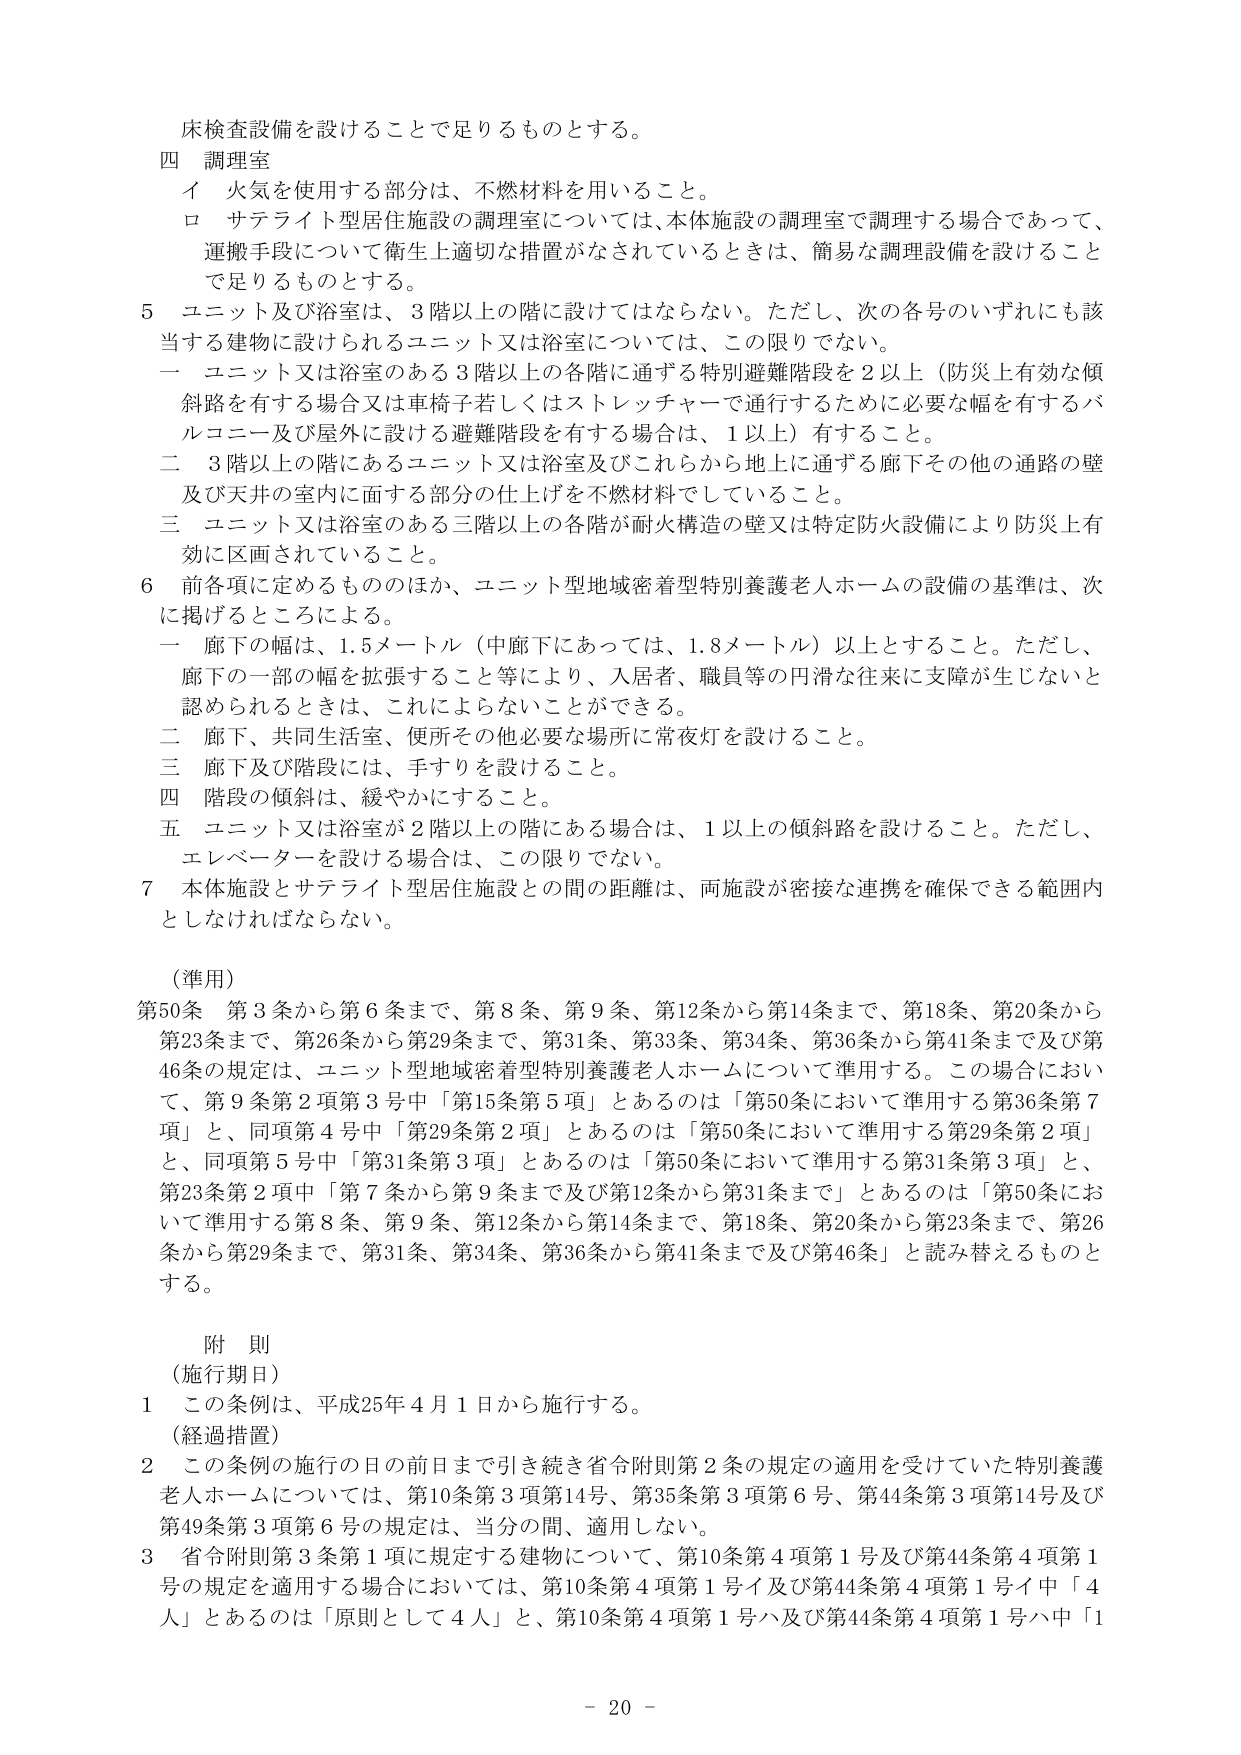
床検査設備を設けることで足りるものとする。

四 調理室
　イ 火気を使用する部分は、不燃材料を用いること。
　ロ サテライト型居住施設の調理室については、本体施設の調理室で調理する場合であって、
　　運搬手段について衛生上適切な措置がなされているときは、簡易な調理設備を設けること
　　で足りるものとする。

５ ユニット及び浴室は、３階以上の階に設けてはならない。ただし、次の各号のいずれにも該
　当する建物に設けられるユニット又は浴室については、この限りでない。
　一 ユニット又は浴室のある３階以上の各階に通ずる特別避難階段を２以上（防災上有効な傾
　　斜路を有する場合又は車椅子若しくはストレッチャーで通行するために必要な幅を有するバ
　　ルコニー及び屋外に設ける避難階段を有する場合は、１以上）有すること。
　二 ３階以上の階にあるユニット又は浴室及びこれらから地上に通ずる廊下その他の通路の壁
　　及び天井の室内に面する部分の仕上げを不燃材料でしていること。
　三 ユニット又は浴室のある三階以上の各階が耐火構造の壁又は特定防火設備により防災上有
　　効に区画されていること。

６ 前各項に定めるもののほか、ユニット型地域密着型特別養護老人ホームの設備の基準は、次
　に掲げるところによる。
　一 廊下の幅は、1.5メートル（中廊下にあっては、1.8メートル）以上とすること。ただし、
　　廊下の一部の幅を拡張すること等により、入居者、職員等の円滑な往来に支障が生じないと
　　認められるときは、これによらないことができる。
　二 廊下、共同生活室、便所その他必要な場所に常夜灯を設けること。
　三 廊下及び階段には、手すりを設けること。
　四 階段の傾斜は、緩やかにすること。
　五 ユニット又は浴室が２階以上の階にある場合は、１以上の傾斜路を設けること。ただし、
　　エレベーターを設ける場合は、この限りでない。

７ 本体施設とサテライト型居住施設との間の距離は、両施設が密接な連携を確保できる範囲内
　としなければならない。

（準用）
第50条 第3条から第6条まで、第8条、第9条、第12条から第14条まで、第18条、第20条から
第23条まで、第26条から第29条まで、第31条、第33条、第34条、第36条から第41条まで及び第
46条の規定は、ユニット型地域密着型特別養護老人ホームについて準用する。この場合におい
て、第9条第2項第3号中「第15条第5項」とあるのは「第50条において準用する第36条第7
項」と、同項第4号中「第29条第2項」とあるのは「第50条において準用する第29条第2項」
と、同項第5号中「第31条第3項」とあるのは「第50条において準用する第31条第3項」と、
第23条第2項中「第7条から第9条まで及び第12条から第31条まで」とあるのは「第50条にお
いて準用する第8条、第9条、第12条から第14条まで、第18条、第20条から第23条まで、第26
条から第29条まで、第31条、第34条、第36条から第41条まで及び第46条」と読み替えるものと
する。

附 則
（施行期日）
１ この条例は、平成25年４月１日から施行する。
（経過措置）
２ この条例の施行の日の前日まで引き続き省令附則第2条の規定の適用を受けていた特別養護
　老人ホームについては、第10条第3項第14号、第35条第3項第6号、第44条第3項第14号及び
　第49条第3項第6号の規定は、当分の間、適用しない。
３ 省令附則第3条第1項に規定する建物について、第10条第4項第1号及び第44条第4項第1
　号の規定を適用する場合においては、第10条第4項第1号イ及び第44条第4項第1号イ中「4
　人」とあるのは「原則として4人」と、第10条第4項第1号ハ及び第44条第4項第1号ハ中「1

－ 20 －